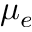
\mu _ { e }